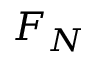
F _ { N }